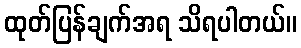
ထုတ်ပြန်ချက်အရ သိရပါတယ်။